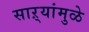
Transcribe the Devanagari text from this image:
साऱ्यांमुळे